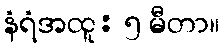
နံရံအထူ: ၅ မီတာ။